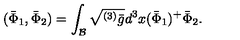
( \bar { \Phi } _ { 1 } , \bar { \Phi } _ { 2 } ) = \int _ { \cal B } \sqrt { ^ { ( 3 ) } \bar { g } } d ^ { 3 } x ( \bar { \Phi } _ { 1 } ) ^ { + } \bar { \Phi } _ { 2 } .